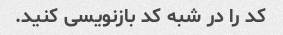
کد را در شبه کد بازنویسی کنید.